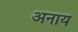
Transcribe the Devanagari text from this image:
अनाय